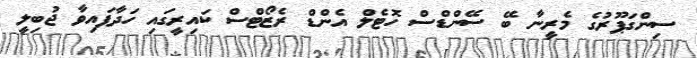
ސިންގަޕޫރުގެ މެރީނާ ބޭ ސޭންޑްސް ހޮޓެލް އެންޑް ރެޒޯޓްސް ކައިރީގައި ހަދާފައިވާ ޖުބިލީ